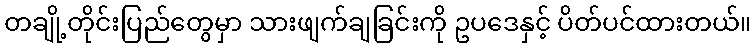
တချို့တိုင်းပြည်တွေမှာ သားဖျက်ချခြင်းကို ဥပဒေနှင့် ပိတ်ပင်ထားတယ်။